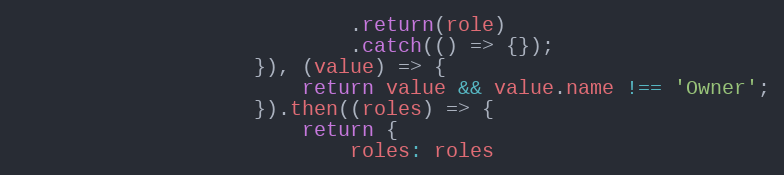
Language: JavaScript
                            .return(role)
                            .catch(() => {});
                    }), (value) => {
                        return value && value.name !== 'Owner';
                    }).then((roles) => {
                        return {
                            roles: roles